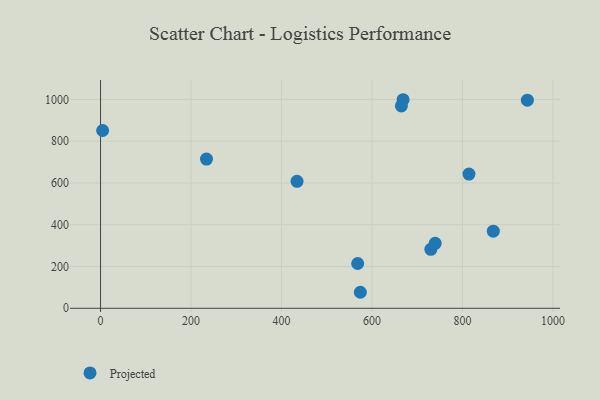
{"axis": {"x": "Investment", "y": "Salary"}, "legend": ["Projected"], "data": [{"x": "943.5", "y": 996.5, "type": "Projected"}, {"x": "730.1", "y": 282.5, "type": "Projected"}, {"x": "739.7", "y": 310.9, "type": "Projected"}, {"x": "868.2", "y": 369.0, "type": "Projected"}, {"x": "434.3", "y": 608.1, "type": "Projected"}, {"x": "668.8", "y": 998.6, "type": "Projected"}, {"x": "814.4", "y": 642.4, "type": "Projected"}, {"x": "574.3", "y": 76.7, "type": "Projected"}, {"x": "234.2", "y": 714.6, "type": "Projected"}, {"x": "665.0", "y": 968.8, "type": "Projected"}, {"x": "4.6", "y": 851.3, "type": "Projected"}, {"x": "568.4", "y": 214.4, "type": "Projected"}]}